Etiology and epidemiology of plague
Disease focus: Plague
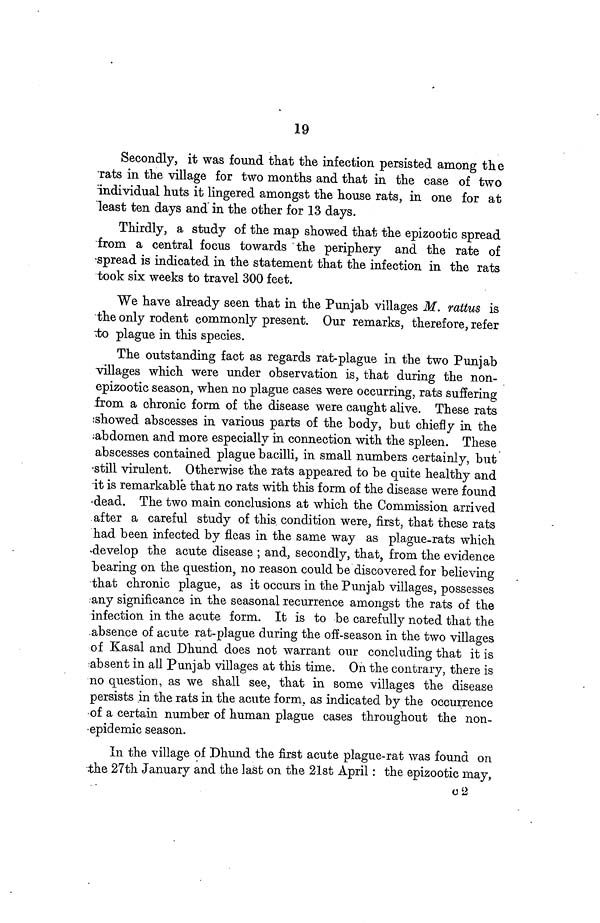
19
Secondly, it was found that the infection persisted among the
Tats in the village for two months and that in the case of two
individual huts it lingered amongst the house rats, in one for at
least ten days and in the other for 13 days.
Thirdly, a study of the map showed that the epizootic spread
from a central focus towards the periphery and the rate of
spread is indicated in the statement that the infection in the rats
took six weeks to travel 300 feet.
We have already seen that in the Punjab villages M. rattus is
the only rodent commonly present. Our remarks, therefore, refer
to plague in this species.
The outstanding fact as regards rat-plague in the two Punjab
villages which were under observation is, that during the non-
epizootic season, when no plague cases were occurring, rats suffering
from a chronic form of the disease were caught alive. These rats
showed abscesses in various parts of the body, but chiefly in the
abdomen and more especially in connection with the spleen. These
abscesses contained plague bacilli, in small numbers certainly, but
still virulent. Otherwise the rats appeared to be quite healthy and
it is remarkable that no rats with this form of the disease were found
dead. The two main conclusions at which the Commission arrived
after a careful study of this condition were, first, that these rats
had been infected by fleas in the same way as plague-rats which
develop the acute disease; and, secondly, that, from the evidence
bearing on the question, no reason could be discovered for believing
that chronic plague, as it occurs in the Punjab villages, possesses
any significance in the seasonal recurrence amongst the rats of the
infection in the acute form. It is to be carefully noted that the
absence of acute rat-plague during the off-season in the two villages
of Kasal and Dhund does not warrant our concluding that it is
absent in all Punjab villages at this time. On the contrary, there is
no question, as we shall see, that in some villages the disease
persists in the rats in the acute form, as indicated by the occurrence
of a certain number of human plague cases throughout the non-
epidemic season.
In the village of Dhund the first acute plague-rat was found on
the 27th January and the last on the 21st April: the epizootic may,
02